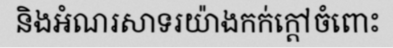
និងអំណរសាទរយ៉ាងកក់ក្តៅចំពោះ